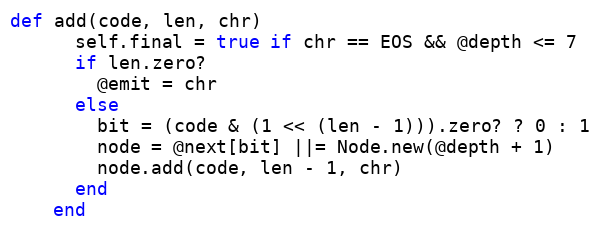
Language: Ruby
def add(code, len, chr)
      self.final = true if chr == EOS && @depth <= 7
      if len.zero?
        @emit = chr
      else
        bit = (code & (1 << (len - 1))).zero? ? 0 : 1
        node = @next[bit] ||= Node.new(@depth + 1)
        node.add(code, len - 1, chr)
      end
    end